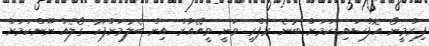
ފިރްމީނޯ އޮފްސައިޑްކަމަށް ބުނެ ރެފްރީ ވަނީ ވީއޭއާރް އިން ބެލުމަށްފަހު ގޯލެއް ނޫންކަމަށް